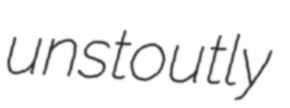
unstoutly